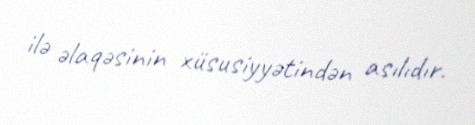
ilə əlaqəsinin xüsusiyyətindən asılıdır.